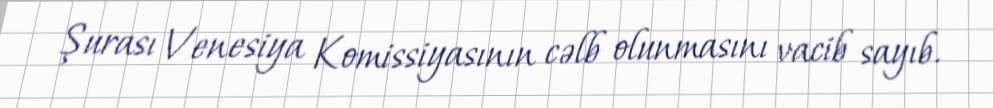
Şurası Venesiya Komissiyasının cəlb olunmasını vacib sayıb.